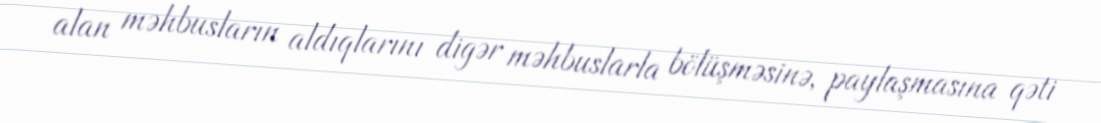
alan məhbusların aldıqlarını digər məhbuslarla bölüşməsinə, paylaşmasına qəti